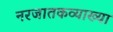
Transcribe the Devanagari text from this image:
नरजातकव्याख्या